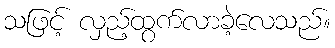
သဖြင့် လှည့်ထွက်လာခဲ့လေသည်။